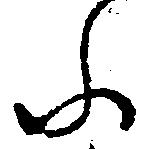
ふ